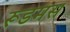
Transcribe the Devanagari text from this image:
रूडमस